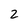
Character: 2